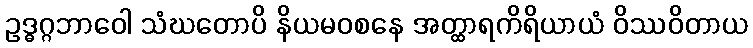
ဥဒ္ဓဂ္ဂဘာဝေါ သံဃတောပိ နိယမဝစနေ အတ္ထာရကိရိယာယံ ဝိဿဝိတာယ